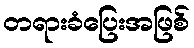
တရားခံပြေးအဖြစ်